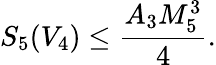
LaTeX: S_{5}(V_{4})\leq\frac{A_{3}M_{5}^{3}}{4}.